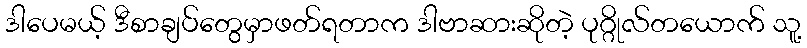
ဒါပေမယ့် ဒီစာချပ်တွေမှာဖတ်ရတာက ဒါဗာဆားဆိုတဲ့ ပုဂ္ဂိုလ်တယောက် သူ့